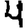
Digit: 4